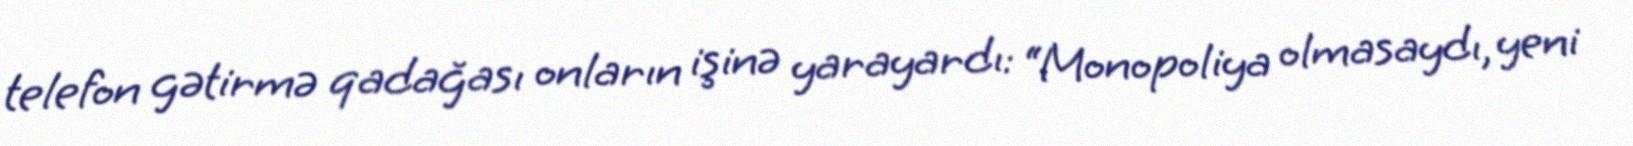
telefon gətirmə qadağası onların işinə yarayardı: “Monopoliya olmasaydı, yeni